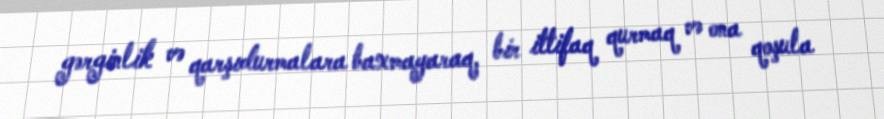
gərginlik və qarşıdurmalara baxmayaraq, bir ittifaq qurmaq və ona qoşula